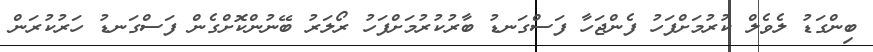
ބިންގަޑު ލެވެލް ކުރުމަށްފަހު ފެންޖަހާ ފަސްގަނޑު ބާރުކުރުމަށްފަހު ރޯލަރު ބޭނުންކޮށްގެން ފަސްގަނޑު ހަރުކުރަން